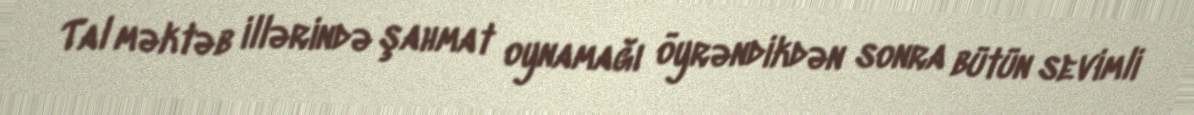
Tal məktəb illərində şahmat oynamağı öyrəndikdən sonra bütün sevimli